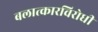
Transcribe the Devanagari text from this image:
बलात्कारविरोधी